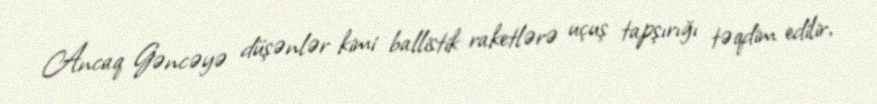
Ancaq Gəncəyə düşənlər kimi ballistik raketlərə uçuş tapşırığı təqdim edilir,